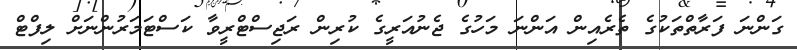
ގަންނަ ފަރާތްތަކުގެ ތެރެއިން އަންނަ މަހުގެ ޖެނުއަރީގެ ކުރިން ރަޖިސްޓްރީވާ ކަސްޓަމަރުންނަށް ލިފްޓް